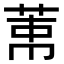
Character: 𦲐